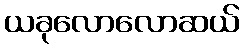
ယခုလောလောဆယ်